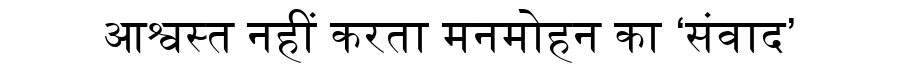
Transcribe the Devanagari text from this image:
आश्वस्त नहीं करता मनमोहन का ‘संवाद’